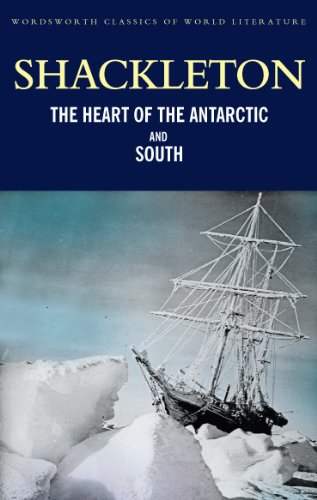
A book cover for Heart of the Antarctic and 'South' (Wordsworth Classics of World Literature); Sir Ernest Shackleton; Travel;